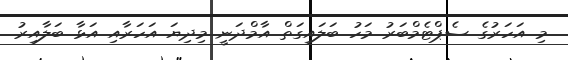
މި އަހަރުގެ ސެޕްޓެމްބަރު މަހު ބަލައިގަތް އާމްދަނީ މިދިޔަ އަހަރާއި އަޅާ ބަލާއިރު